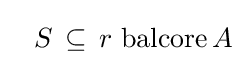
\;\;\,S\,\subseteq \,r\,\operatorname {balcore} A